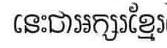
នេះជាអក្សរខ្មែរ